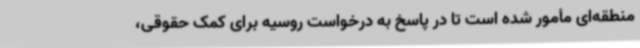
منطقه‌ای مأمور شده است تا در پاسخ به درخواست روسیه برای کمک حقوقی،